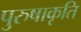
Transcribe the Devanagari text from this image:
पुरुषाकृति